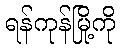
ရန်ကုန်မြို့ကို